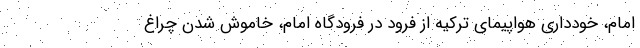
امام، خودداری هواپیمای ترکیه از فرود در فرودگاه امام، خاموش شدن چراغ